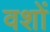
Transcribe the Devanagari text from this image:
वशों